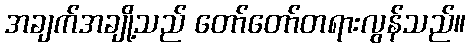
အချက်အချို့သည် တော်တော်တရားလွန်သည်။